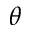
\theta